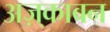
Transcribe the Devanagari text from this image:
अज़्काबन